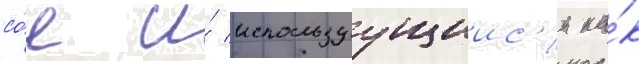
со́е и́ используущиис'я ка́к